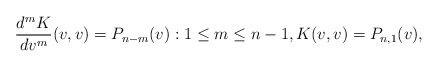
\begin{align*} \frac{d^mK}{dv^m}(v,v)=P_{n-m}(v):1\leq m\leq n-1,K(v,v)=P_{n,1}(v),\end{align*}